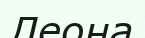
Леона